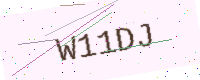
Text: W11DJ